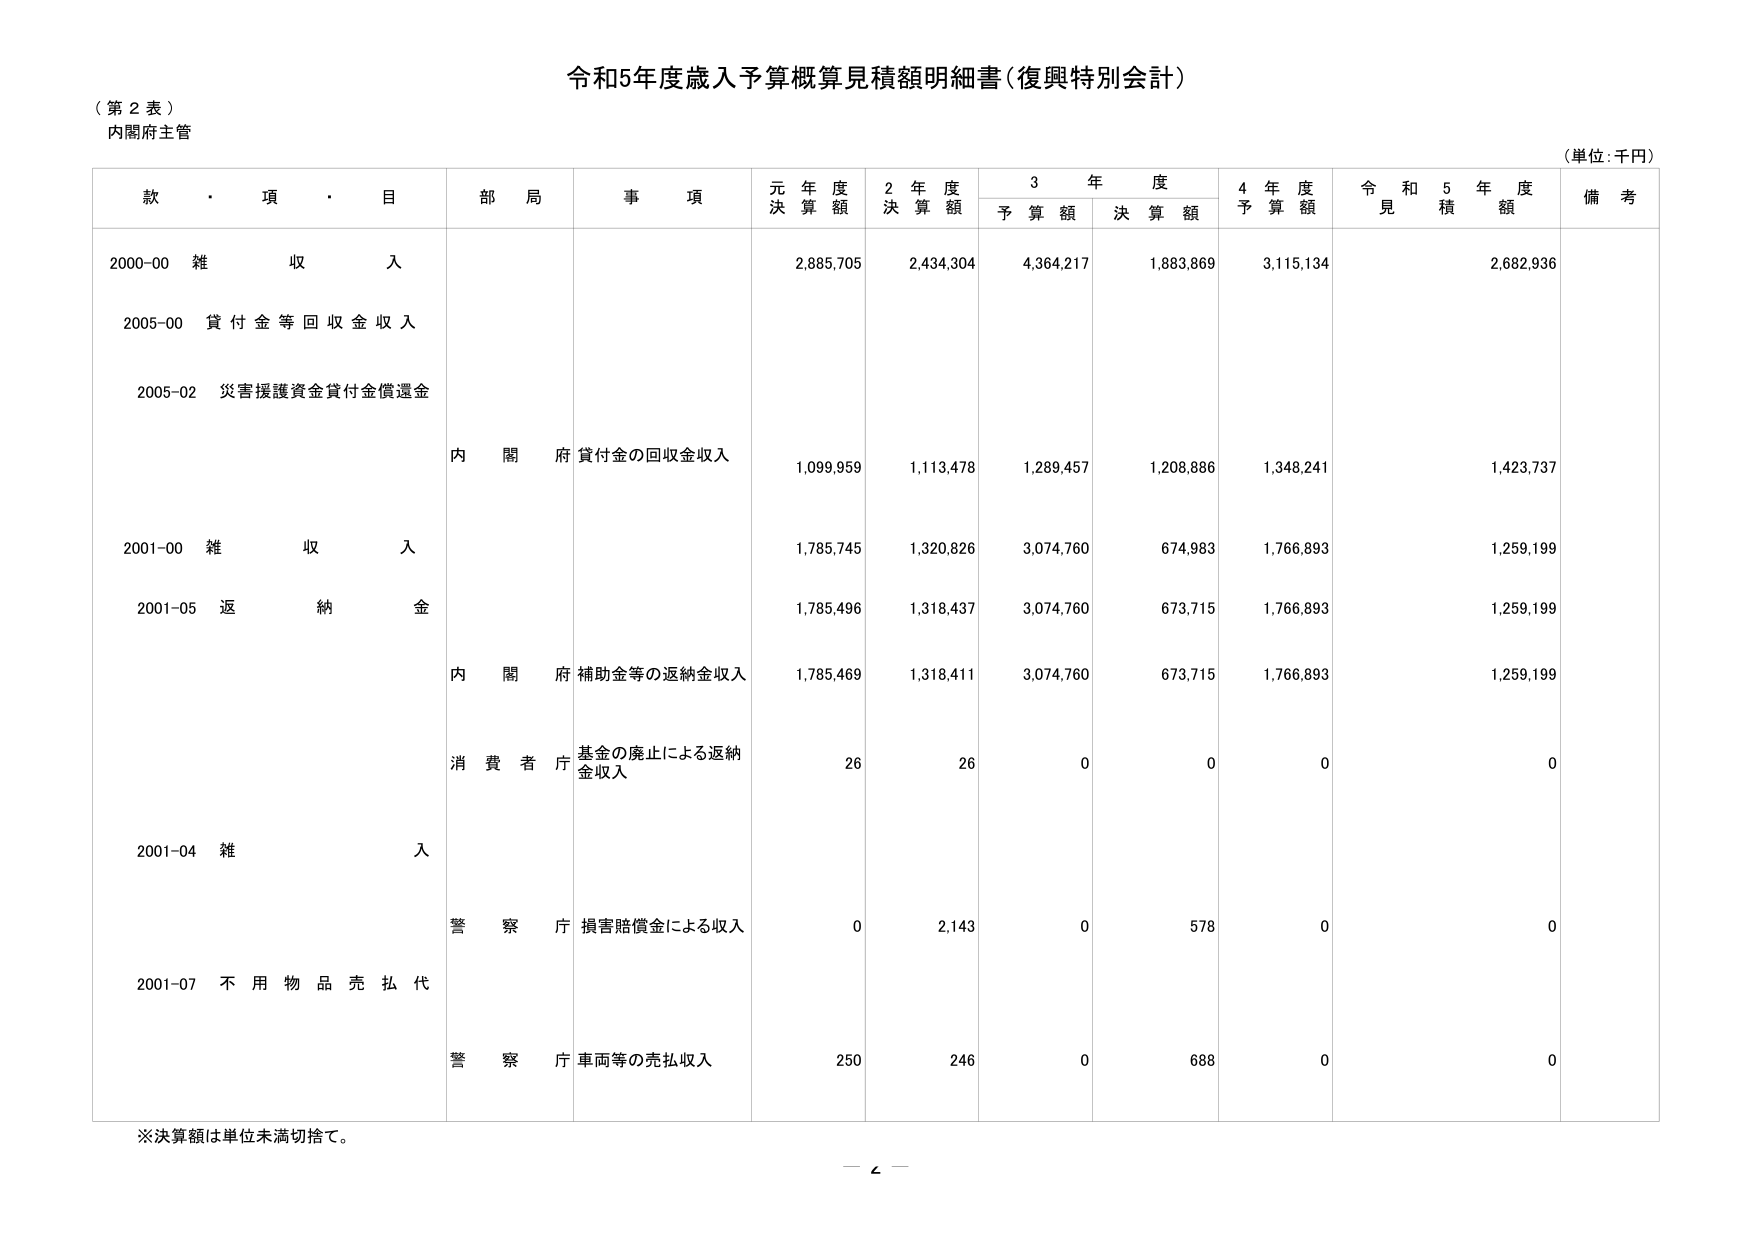
令和5年度歳入予算概算見積額明細書（復興特別会計）

（第2表）
内閣府主管

（単位：千円）

款・項・目　　部局　　事項　　元年度決算額　　2年度決算額　　3年度　　4年度　　令和5年度　　備考
　　　　　　　　　　　　　　　　　　　　予算額　　決算額　　予算額　　見積額

2000-00 雑収入　　　　　　　　　　　　2,885,705　　2,434,304　　4,364,217　　1,883,869　　3,115,134　　2,682,936

2005-00 貸付金等回収金収入

2005-02 災害援護資金貸付金償還金